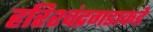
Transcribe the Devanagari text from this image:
हरिश्चंद्रगडाकडे